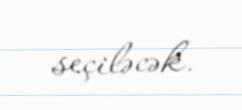
seçiləcək.